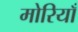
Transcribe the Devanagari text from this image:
मोरियाँ